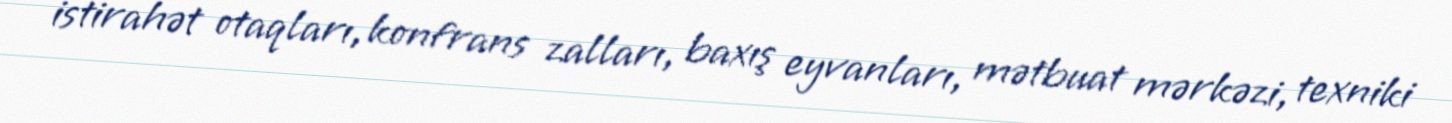
istirahət otaqları, konfrans zalları, baxış eyvanları, mətbuat mərkəzi, texniki